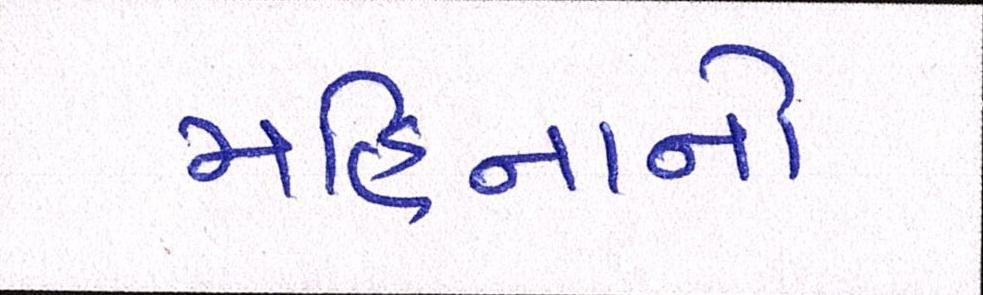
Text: મહિનાનો